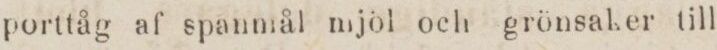
porttåg af spanmål mjöl och grönsaker till